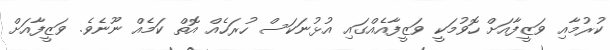
ކުރުމާއި ވަޒީފާއަށް ހޮވުމަކީ ވަޒީފާއެއްގައި އުޅުނަކަސް ހުރަހެއް އޮތް ކަމެއް ނޫނެވެ. ވަޒީފާއަށް